Lunatic asylums Bombay report 1891-1903 - 1891-1903
Year: 1891
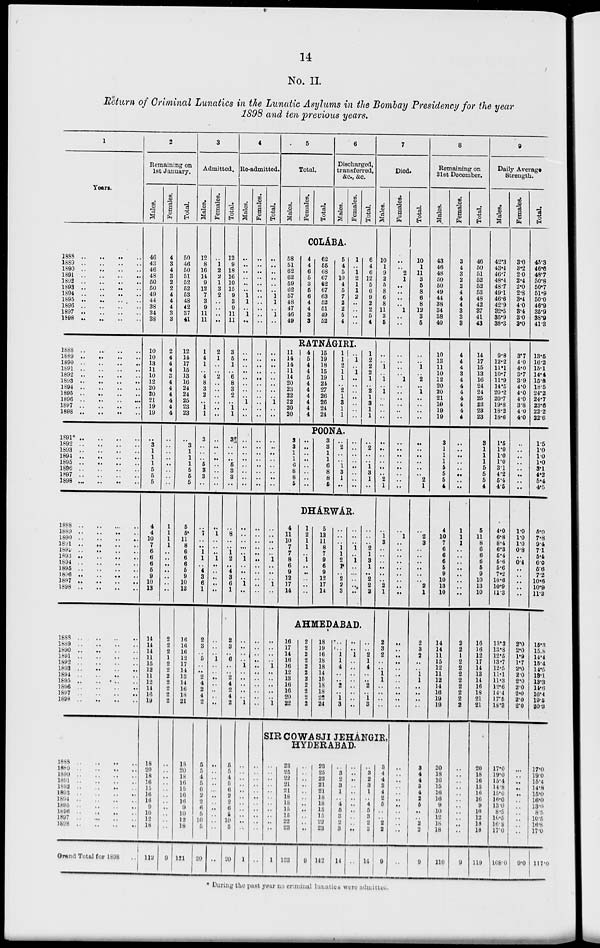
14
No. II.
Return of Criminal Lunatics in the Lunatic Asylums in the Bombay Presidency for the year
1898 and ten previous years.
1
Years.
1888 .. .. .. ..
1889 .. .. .. ..
1890 .. .. .. ..
1891 .. .. .. ..
1892 .. .. .. ..
1893 .. .. .. ..
1894 .. .. .. ..
1895 .. .. .. ..
1896
..
..
..
..
1897
..
..
..
..
1898
..
..
..
..
1888 .. .. .. ..
1889 .. .. .. ..
1890
..
..
..
..
1891
..
..
..
..
1892
..
..
..
..
1893 .. .. .. ..
1894
..
..
..
..
1895 .. .. .. ..
1896
..
..
..
..
1897
..
..
..
..
1898 .. .. .. ..
1891* .. .. .. ..
1892 .. .. .. ..
1893 .. .. .. ..
1894
..
..
..
..
1895
..
..
..
..
1896
..
..
..
..
1897
..
..
..
..
1898
..
..
..
..
1888
..
..
..
..
1889 .. .. .. ..
1890
..
..
..
..
1891 .. .. .. ..
1892
..
..
..
..
1893 .. .. .. ..
1894
..
..
..
..
1895
..
..
..
..
1896
..
..
..
..
1897
..
..
..
..
1898 .. .. .. ..
1888
..
..
..
..
1889 .. .. .. ..
1890
..
..
..
..
1891 .. .. .. ..
1892
..
..
..
..
1893 .. .. .. ..
1894 .. .. .. ..
1895 .. .. .. ..
1896 .. .. .. ..
1897
..
..
..
..
1898 .. .. .. ..
1888
..
..
..
..
1889 .. .. .. ..
1890
..
..
..
..
1891 .. .. .. ..
1892 .. .. .. ..
1893
..
..
..
..
1894 .. .. .. ..
1895 .. .. .. ..
1896 .. .. .. ..
1897
..
..
..
..
1898 .. .. .. ..
Grand Total for 1898 ..
2
Remaining on
1st January.
Males.
46
43
46
48
50
50
49
44
38
34
38
10
10
13
11
10
12
20
20
21
19
19
..
3
1
1
1
5
6
5
4
4
10
7
6
6
6
6
9
10
13
14
14
14
11
15
12
11
12
14
16
19
18
20
18
16
15
16
16
9
10
12
18
112
Females.
4
3
4
3
2
2
4
4
4
3
3
2
4
4
4
3
4
4
4
4
4
4
..
..
..
..
..
..
..
..
1
1
1
1
..
..
..
..
..
..
..
2
2
2
1
2
2
2
2
2
2
2
..
..
..
..
..
..
..
..
..
..
..
9
Total.
50
46
50
51
52
52
53
48
42
37
41
12
14
17
15
13
16
24
24
25
23
23
..
3
1
1
1
5
6
5
5
5
11
8
6
6
6
6
9
10
13
16
16
16
12
17
14
13
14
16
18
21
18
20
18
16
15
16
16
9
10
12
18
121
3
Admitted.
Males.
12
8
16
14
9
12
7
3
9
11
11
1
4
1
..
4
8
3
2
..
1
1
3
..
..
..
6
3
3
..
..
7
..
..
1
1
..
4
3
6
1
2
3
..
5
..
..
2
4
2
4
2
5
5
4
5
6
2
2
6
5
10
5
20
Females.
..
1
2
2
1
3
2
..
..
..
..
2
1
..
..
2
.. ..
.. ..
..
..
..
..
..
..
..
..
..
..
..
1
..
..
..
1
..
..
..
..
..
..
..
..
1
..
..
..
..
..
..
..
..
..
..
..
..
..
..
..
..
..
..
..
Total.
12
9
18
16
10
15
9
3
9
11
11
3
5
1
..
6
8
3
2
..
1
1
3
..
..
..
6
3
3
..
..
8
..
..
1
2
..
4
3
6
1
2
3
..
6
..
..
2
4
2
4
2
5
5
4
5
6
2
2
6
5
10
5
20
4
Re-admitted.
Males.
..
..
..
..
..
..
1
1
..
1
..
..
..
..
..
..
..
..
..
1
..
..
..
..
..
..
..
..
..
..
..
..
..
..
..
1
..
..
..
1
..
..
..
..
..
1
..
..
..
..
..
1
..
..
..
..
..
..
..
..
..
..
..
1
Females.
..
..
..
..
..
..
..
..
..
..
..
..
..
..
..
..
..
..
..
..
..
..
..
..
..
..
..
..
..
..
..
..
..
..
..
..
..
..
..
..
..
..
..
..
..
..
..
..
..
..
..
..
..
..
..
..
..
..
..
..
..
..
..
..
Total.
..
..
..
..
..
..
1
1
..
1
..
..
..
..
..
..
..
..
..
1
..
..
..
..
..
..
..
..
..
..
..
..
..
..
..
1
..
..
..
1
..
..
..
..
..
1
..
..
..
..
..
1
5
Total.
Males.
Females.
Total.
6
Discharged,
transferred,
&c., &c.
Males.
Females.
Total.
COLÁBA.
58
51
62
62
59
62
57
48
47
46
49
4
4
6
5
3
5
6
4
4
3
3
62
55
68
67
62
67
63
52
51
49
52
5
4
5
10
4
5
7
2
2
6
4
1
..
1
2
1
1
2
..
..
..
..
6
4
6
12
5
6
9
2
2
5
4
RATNÁGIRI.
11
14
14
11
14
20
23
22
22
20
20
4
5
4
4
5
4
4
4
4
4
4
15
19
18
15
19
24
27
26
26
24
24
1
1
2
1
1
..
2
1
3
1
1
..
1
..
1
..
..
..
..
..
..
..
1
2
2
2
1
..
2
1
3
1
1
POONA.
3
3
1
1
6
8
8
5
..
..
..
..
..
..
..
..
3
3
1
1
6
8
8
6
..
2
..
..
1
3
1
..
..
..
..
..
..
..
..
..
..
2
..
..
1
3
1
..
DHÁRWÁR.
4
11
10
7
7
8
6
9
12
17
14
1
2
1
1
..
1
..
..
..
..
..
5
13
11
8
7
9
6
9
12
17
14
..
..
..
1
1
2
1*
..
2
2
3
..
..
..
1
..
1
..
..
..
..
..
..
..
..
2
1
3
1
..
2
2
3
AHMEDABAD.
16
17
14
16
16
12
13
16
16
20
22
2
2
2
2
2
2
2
2
2
2
2
18
19
16
18
18
14
15
18
18
22
24
..
..
1
1
4
..
..
..
..
1
3
..
..
1
..
..
..
..
..
..
..
..
..
..
2
1
4
..
..
2
..
1
3
7
Died.
Males.
10
1
9
2
5
8
6
8
11
3
5
..
..
1
..
1
..
1
..
..
..
..
..
..
..
..
..
..
2
1
..
1
3
..
..
..
..
..
..
2
1
2
3
2
..
..
1
1
..
..
..
..
SIR COWASJI JEHÁNGIR,
HYDERABAD.
..
..
..
..
..
..
..
..
..
..
..
1
23
25
22
21
21
18
18
15
15
22
23
133
..
..
..
..
..
..
..
..
..
..
..
9
23
25
22
21
21
18
18
15
15
22
23
142
..
3
2
3
1
..
4
5
3
2
3
14
..
..
..
..
..
..
..
..
..
..
..
..
..
3
2
3
1
..
4
5
3
2
3
14
3
4
4
3
4
2
6
..
..
2
2
9
Females.
..
..
2
1
..
..
..
..
1
..
..
..
..
..
..
1
..
..
..
..
..
..
..
..
..
..
..
..
..
..
..
1
..
..
..
..
..
..
..
..
..
..
..
..
..
..
..
..
..
..
..
..
..
..
..
..
..
..
..
..
..
..
..
..
Total.
10
1
11
3
5
8
6
8
12
3
5
..
..
1
..
2
..
1
.. ..
..
..
..
..
..
..
..
..
2
1
..
2
3
..
..
..
..
..
..
2
1
2
3
2
..
..
1
1
..
..
..
..
3
4
4
3
4
2
5
..
..
2
2
9
8
Remaining on
31st December.
Males.
43
46
48
50
50
49
44
38
34
38
40
10
13
11
10
12
20
20
21
10
19
19
3
1
1
1
5
5
5
4
4
10
7
6
6
6
6
9
10
13
10
14
14
11
15
12
11
12
14
16
19
19
20
18
16
15
16
16
9
10
12
18
18
110
Females.
3
4
3
2
2
4
4
4
3
3
3
4
4
4
3
4
4
4
4
4
4
4
..
..
..
..
..
..
..
..
1
1
1
..
..
..
..
..
..
..
..
2
2
1
2
2
2
2
2
2
2
2
..
..
..
..
..
..
..
..
..
..
..
9
Total.
46
50
51
52
52
53
48
42
37
41
43
14
17
15
13
16
24
24
25
23
23
23
3
1
1
1
5
5
5
4
5
11
8
6
6
6
5
9
10
13
10
16
16
12
17
14
13
14
16
18
21
21
20
18
16
15
16
16
9
10
12
18
18
119
9
Daily Average
Strength.
Males.
42.3
43.4
46.7
48.4
48.7
49.1
46.6
42.9
32.5
35.9
38.3
9.8
12.2
11.1
10.7
11.9
14.5
20.2
20.7
19.8
18.2
18.6
1.5
1.0
1.0
1.0
31
4.2
5.4
4.5
4.0
6.8
8.4
6.3
5.4
5.6
5.6
7.2
10.6
10.9
11.3
13.3
13.8
12.5
13.7
12.5
11.1
11.3
12.6
14.4
17.5
18.3
17.0
19.0
15.4
14.8
15.0
16.0
13.0
8.5
10.5
16.8
17.0
108.0
Females.
3.0
3.2
2.0
2.4
2.0
2.8
3.4
4.0
3.4
3.0
3.0
3.7
4.0
4.0
3.7
3.9
4.0
4.0
4.0
3.8
4.0
4.0
..
..
..
..
..
..
..
..
1.0
1.0
1.0
0.8
..
0.4
..
..
..
..
..
2.0
2.0
1.9
1.7
2.0
2.0
2.0
2.0
2.0
2.0
2.0
..
..
..
..
..
..
..
..
..
..
..
9.0
Total.
45.3
46.6
48.7
50.8
50.7
51.9
50.0
46.9
35.9
38.9
41.3
13.5
16.2
15.1
14.4
15.8
18.5
24.2
24.7
23.6
22.2
22.6
1.5
1.0
1.0
1.0
3.1
4.2
5.4
4.5
5.0
7.8
9.4
7.1
5.4
6.0
6.6
7.2
10.6
10.9
11.3
15.3
15.8
14.4
15.4
14.5
13.1
13.3
14.6
16.4
19.5
20.3
17.0
19.0
15.4
14.8
15.0
16.0
13.0
8.5
10.5
16.8
17.0
117.0
* During the past year no criminal lunatics were admitted.